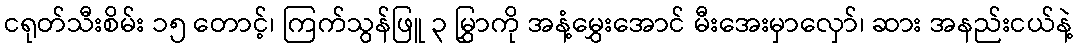
ငရုတ်သီးစိမ်း ၁၅ တောင့်၊ ကြက်သွန်ဖြူ ၃ မြွှာကို အနံ့မွှေးအောင် မီးအေးမှာလှော်၊ ဆား အနည်းငယ်နဲ့